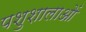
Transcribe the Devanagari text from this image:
पशुशालाओं